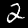
Label: 2